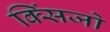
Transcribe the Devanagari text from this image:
क्सिंजो